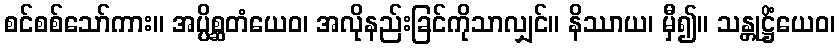
စင်စစ်သော်ကား။ အပ္ပိစ္ဆတံယေဝ၊ အလိုနည်းခြင်ကိုသာလျှင်။ နိဿာယ၊ မှီ၍။ သန္တုဋ္ဌိံယေဝ၊